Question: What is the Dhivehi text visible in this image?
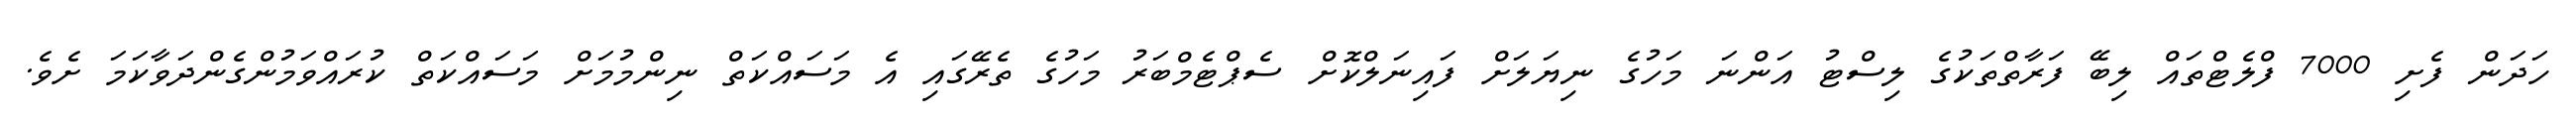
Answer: ހަދަން ފެށި 7000 ފްލެޓްތައް ލިބޭ ފަރާތްތަކުގެ ލިސްޓު އަންނަ މަހުގެ ނިޔަލަށް ފައިނަލްކޮށް ސެޕްޓެމްބަރު މަހުގެ ތެރޭގައި އެ މަސައްކަތް ނިންމުމަށް މަސައްކަތް ކުރައްވަމުންގެންދަވާކަމަ ށެވެ.